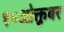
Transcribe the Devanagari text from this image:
१०ओक्तुबर